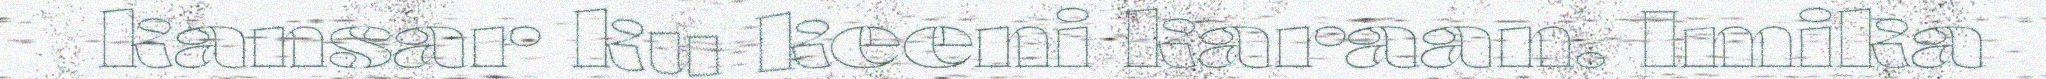
kansar ku keeni karaan. Imika